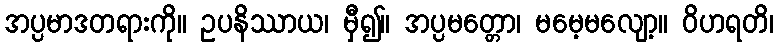
အပ္ပမာဒတရားကို။ ဥပနိဿာယ၊ မှီ၍။ အပ္ပမတ္တော၊ မမေ့မလျော့။ ဝိဟရတိ၊